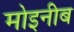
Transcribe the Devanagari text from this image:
मोइनीब